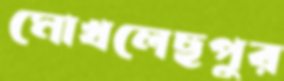
মোখলেছপুর